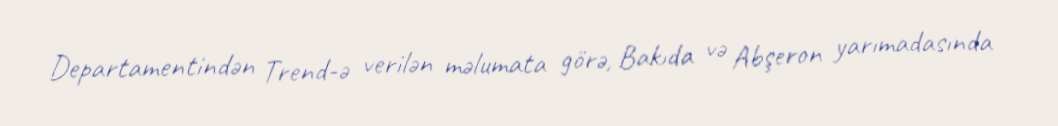
Departamentindən Trend-ə verilən məlumata görə, Bakıda və Abşeron yarımadasında